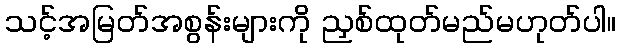
သင့်အမြတ်အစွန်းများကို ညှစ်ထုတ်မည်မဟုတ်ပါ။